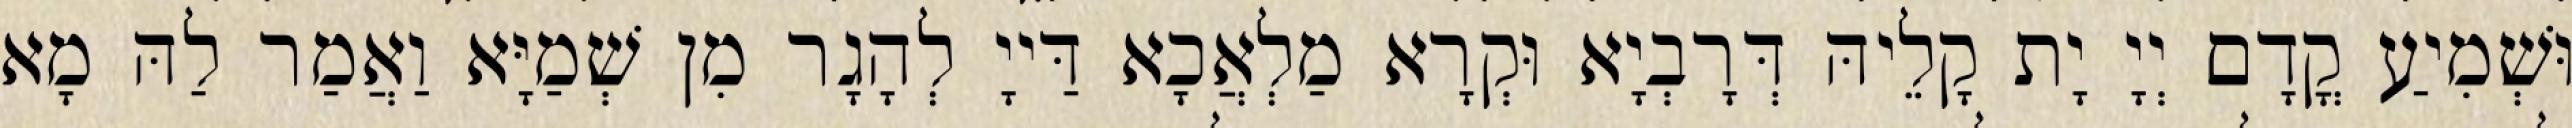
וּשְׁמִיעַ קֳדָם יְיָ יָת קָלֵיהּ דְּרָבְיָא וּקְרָא מַלְאֲכָא דַּייָ לְהָגָר מִן שְׁמַיָּא וַאֲמַר לַהּ מָא